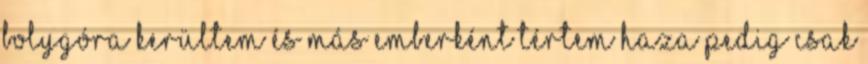
bolygóra kerültem és más emberként tértem haza Pedig csak